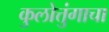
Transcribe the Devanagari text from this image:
कुलोत्तुंगाचा